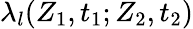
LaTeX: \lambda_{l}(Z_{1},t_{1};Z_{2},t_{2})